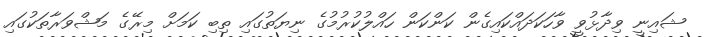
ޝައިނީ ވިދާޅުވީ ވާހަކަދައްކައިގެން ކަންކަން ހައްލުކުރުމުގެ ނިޔަތުގައި ތިބި ކަމަށް މިރޭގެ މަޝްވަރާތަކުގައި